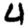
Digit: 4